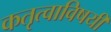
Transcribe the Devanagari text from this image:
कतृत्वाविषयी